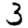
Digit: 3